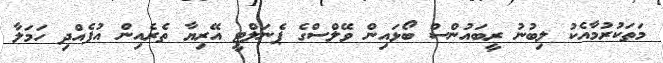
މަތަކުރުމާއެކު ލިބުނު ރީބައުންސް ބޯޅައިން ވޭލްސްގެ ޕެނަލްޓީ އޭރިޔާ ތެރެއިން އުފެއްދި ހަމަލާ